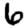
Digit: 6